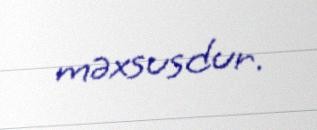
məxsusdur.